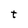
Character: t